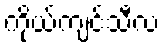
ကိုယ်ကျင့်သီလ